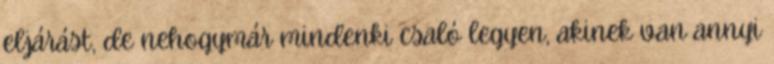
eljárást, de nehogymár mindenki csaló legyen, akinek van annyi